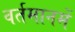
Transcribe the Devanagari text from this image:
वर्तमानमें